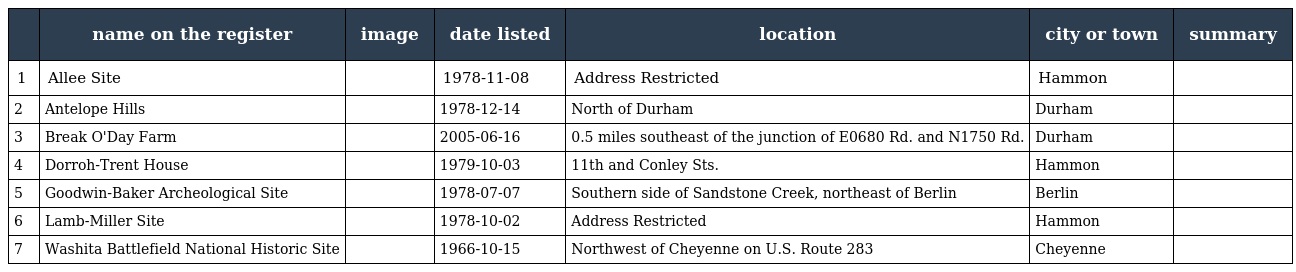
|  | name on the register | image | date listed | location | city or town | summary |
 | --- | --- | --- | --- | --- | --- | --- |
 | 1 | Allee Site |  | 1978-11-08 | Address Restricted | Hammon |  |
 | 2 | Antelope Hills |  | 1978-12-14 | North of Durham | Durham |  |
 | 3 | Break O'Day Farm |  | 2005-06-16 | 0.5 miles southeast of the junction of E0680 Rd. and N1750 Rd. | Durham |  |
 | 4 | Dorroh-Trent House |  | 1979-10-03 | 11th and Conley Sts. | Hammon |  |
 | 5 | Goodwin-Baker Archeological Site |  | 1978-07-07 | Southern side of Sandstone Creek, northeast of Berlin | Berlin |  |
 | 6 | Lamb-Miller Site |  | 1978-10-02 | Address Restricted | Hammon |  |
 | 7 | Washita Battlefield National Historic Site |  | 1966-10-15 | Northwest of Cheyenne on U.S. Route 283 | Cheyenne |  |